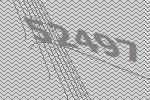
52497